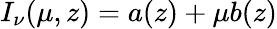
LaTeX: I_{\nu}(\mu,z)=a(z)+\mu b(z)